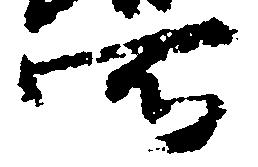
所